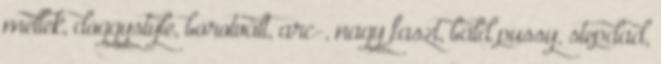
mellek, doggystyle, borotvált, arc-, nagy faszt, bald pussy, stepdad,